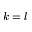
k = l